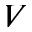
V